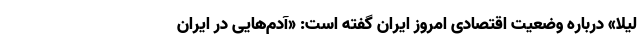
لیلا» درباره وضعیت اقتصادی امروز ایران گفته است: «آدم‌هایی در ایران